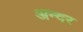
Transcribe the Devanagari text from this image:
अन्दर